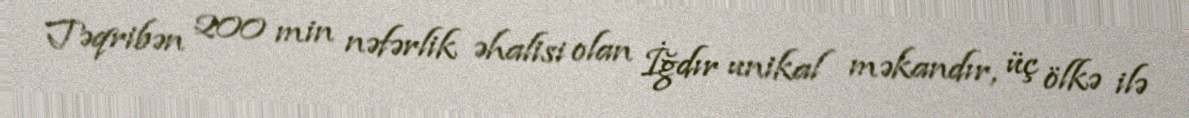
Təqribən 200 min nəfərlik əhalisi olan İğdır unikal məkandır, üç ölkə ilə